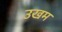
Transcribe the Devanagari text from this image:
उखम